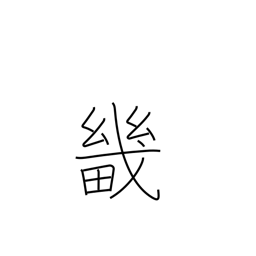
Meaning: capital